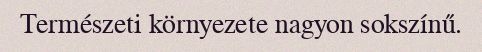
Természeti környezete nagyon sokszínű.